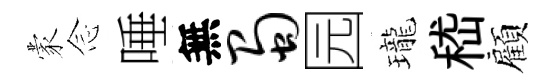
蒙𫝹唾無蜀园瓏嵇顧